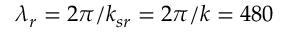
\lambda _ { r } = 2 \pi / k _ { s r } = 2 \pi / k = 4 8 0